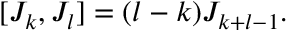
[ J _ { k } , J _ { l } ] = ( l - k ) J _ { k + l - 1 } .